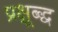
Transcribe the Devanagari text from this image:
प्रक्षूब्द्ध